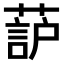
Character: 𫉚